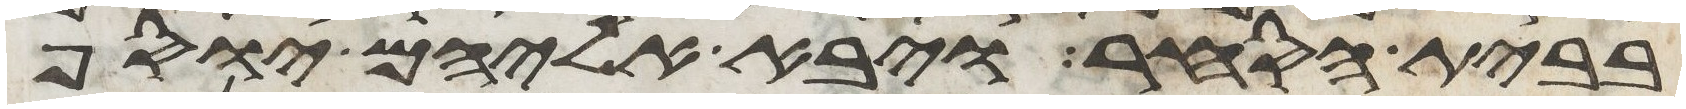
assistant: בבית הסחר ויבא אליהם יוסף